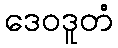
ဒေဝဒူတံ